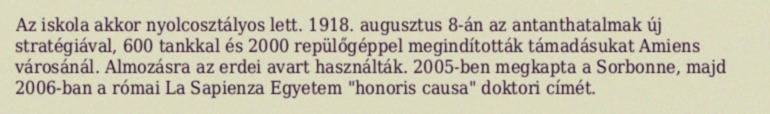
Az iskola akkor nyolcosztályos lett. 1918. augusztus 8-án az antanthatalmak új stratégiával, 600 tankkal és 2000 repülőgéppel megindították támadásukat Amiens városánál. Almozásra az erdei avart használták. 2005-ben megkapta a Sorbonne, majd 2006-ban a római La Sapienza Egyetem "honoris causa" doktori címét.